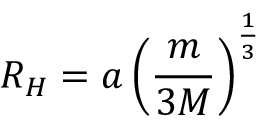
R _ { H } = a \left( { \frac { m } { 3 M } } \right) ^ { \frac { 1 } { 3 } }